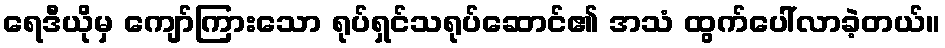
ရေဒီယိုမှ ကျော်ကြားသော ရုပ်ရှင်သရုပ်ဆောင်၏ အသံ ထွက်ပေါ်လာခဲ့တယ်။